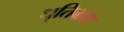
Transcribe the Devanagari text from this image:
धृतिभ्रंश